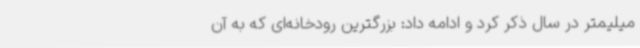
میلیمتر در سال ذکر کرد و ادامه داد: بزرگترین رودخانه‌ای که به آن